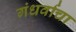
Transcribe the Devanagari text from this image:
गंधर्वाचा